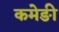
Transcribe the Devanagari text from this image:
कमेङी